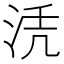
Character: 𱦖